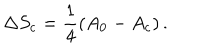
\Delta S _ { \mathrm { c } } = \frac { 1 } { 4 } \left( A _ { 0 } - A _ { \mathrm { c } } \right) .